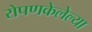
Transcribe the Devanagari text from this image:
रोपणकेलेल्या